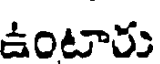
ఉంటారు